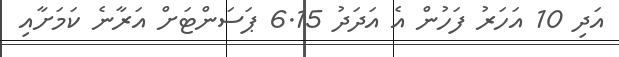
އަދި 10 އަހަރު ފަހުން އެ އަަދަދު 6.15 ޕަސަންޓަށް އަރާނެ ކަމަށާއި